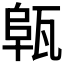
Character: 𤭟